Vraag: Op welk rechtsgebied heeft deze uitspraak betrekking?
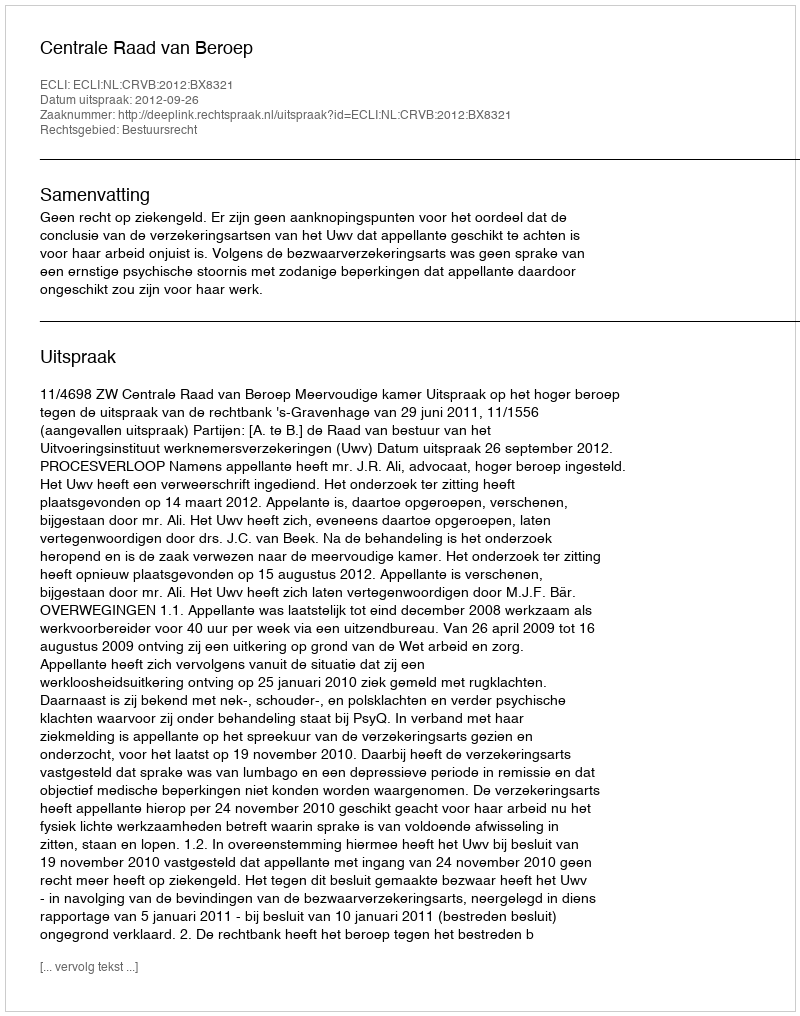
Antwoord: Bestuursrecht